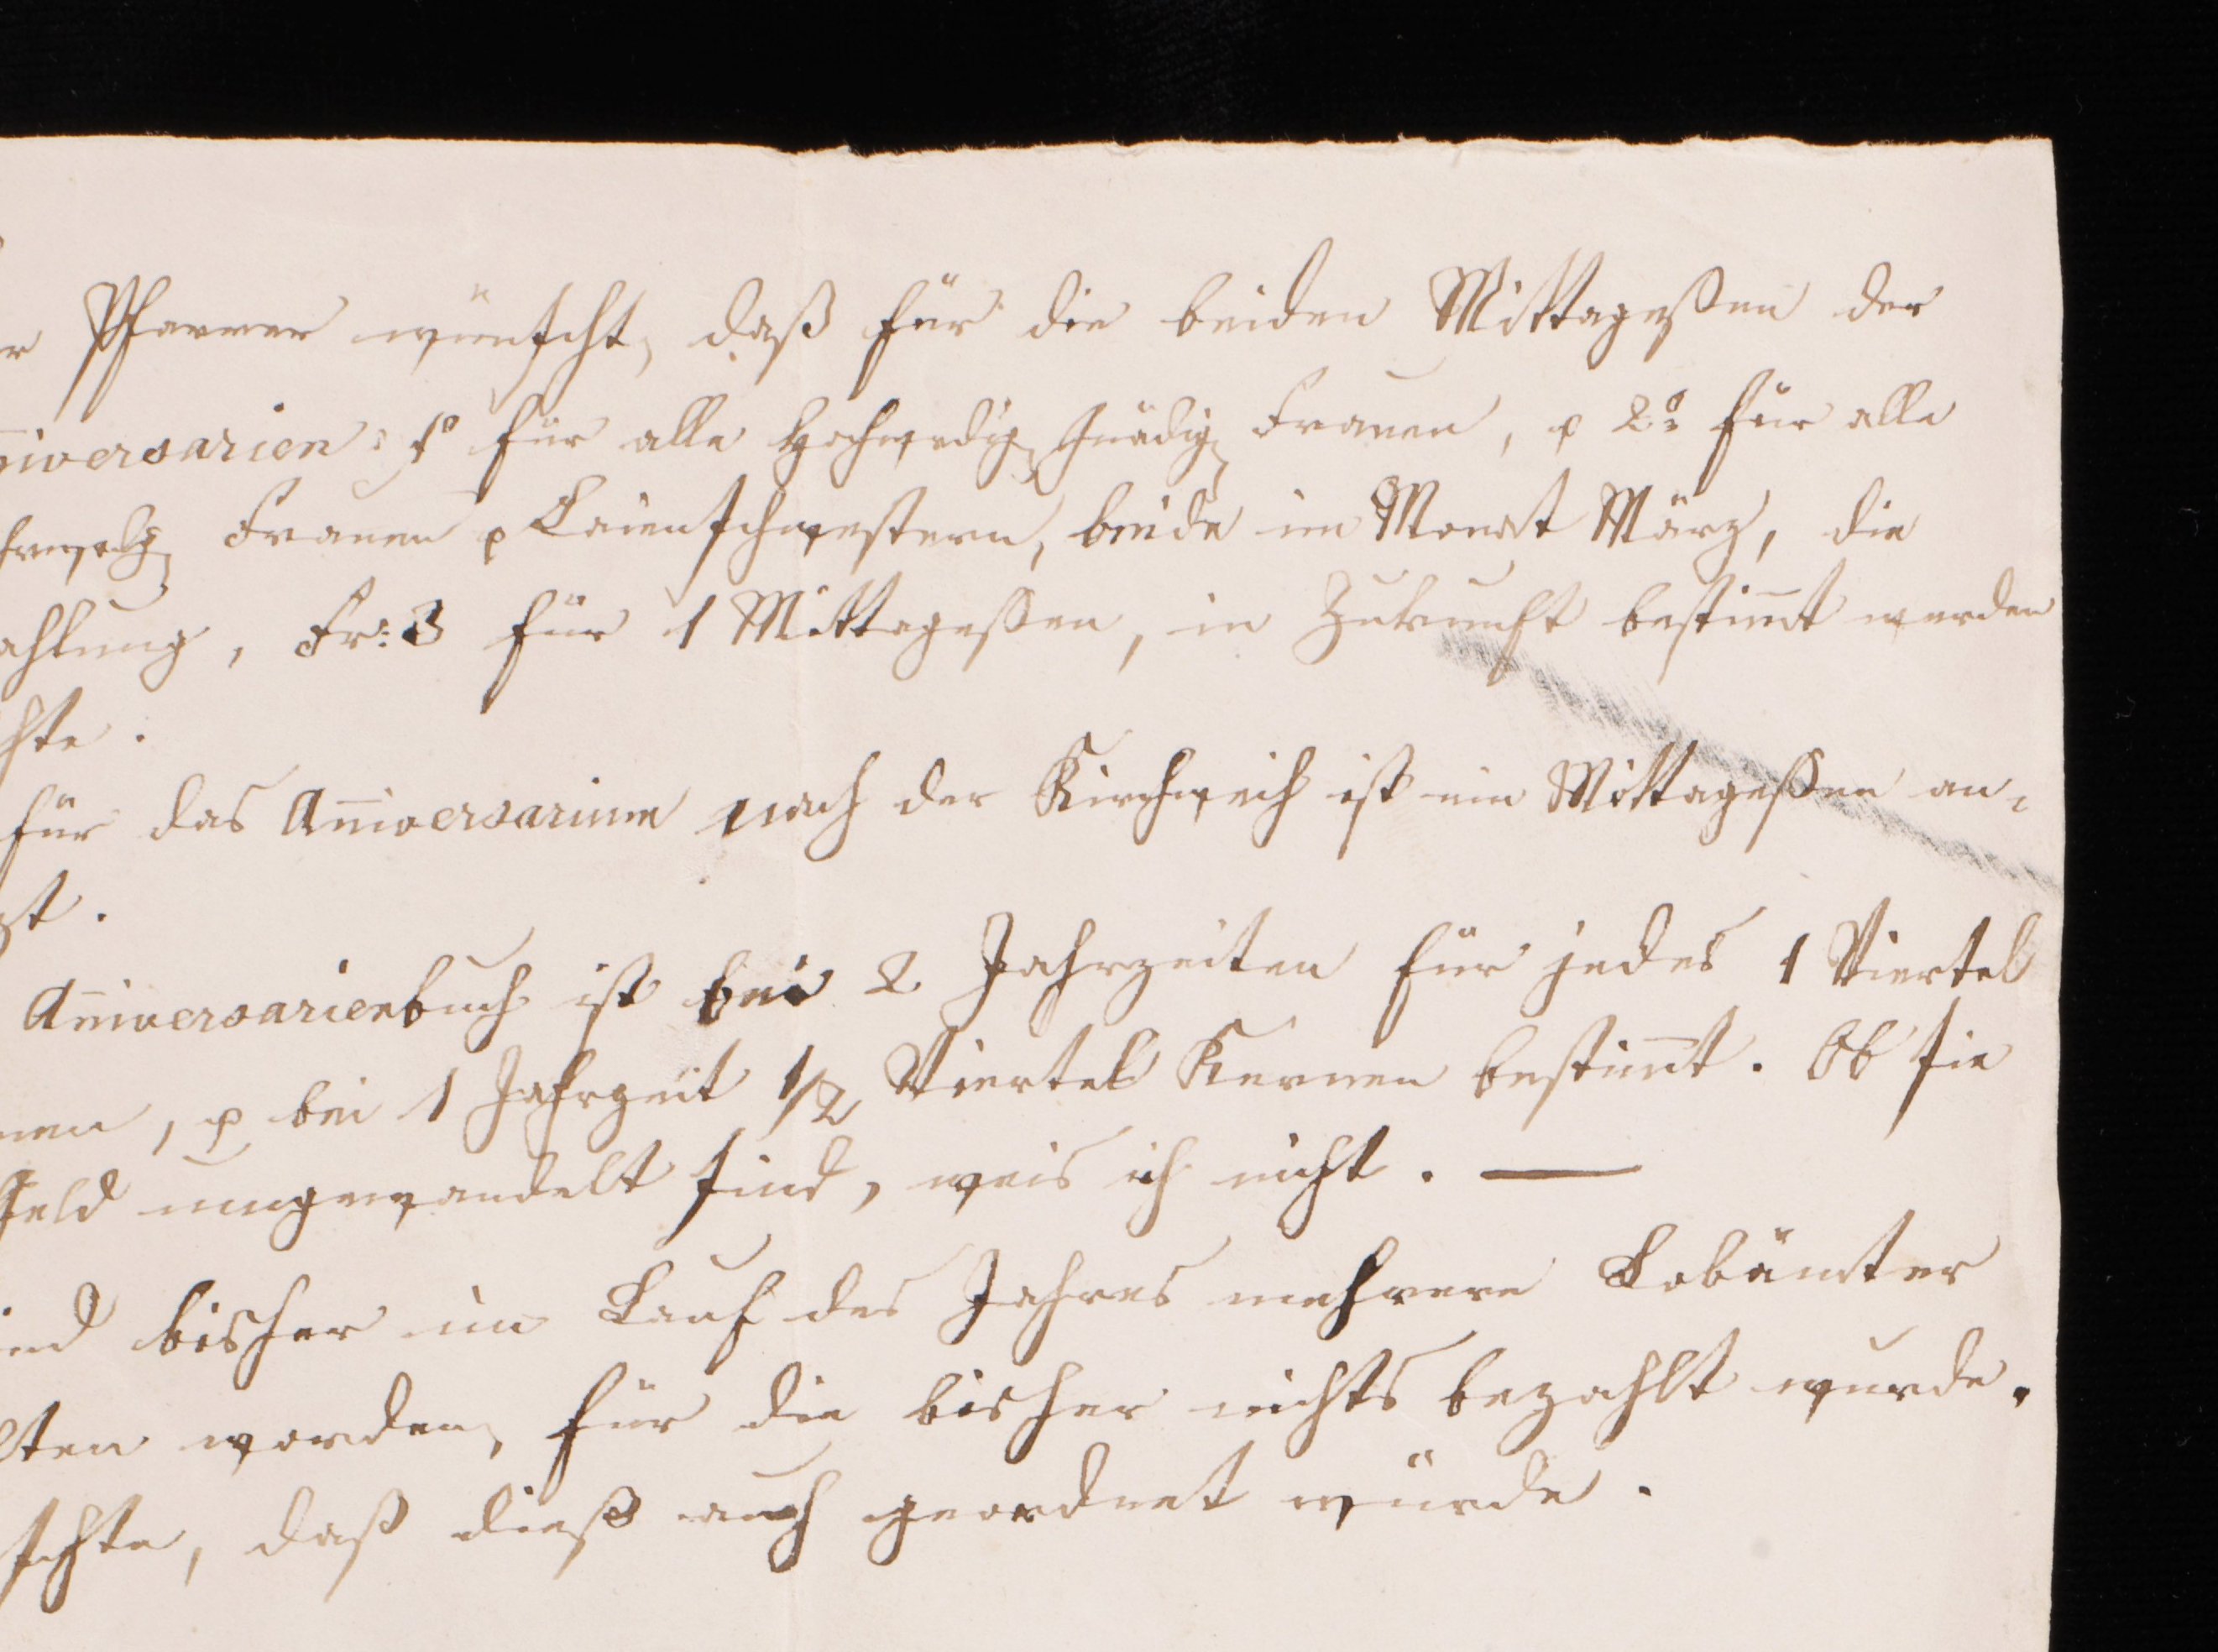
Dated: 1441–1441